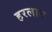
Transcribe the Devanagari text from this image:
हरलान